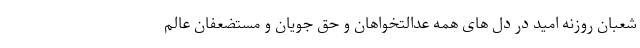
شعبان روزنه امید در دل های همه عدالتخواهان و حق جویان و مستضعفان عالم